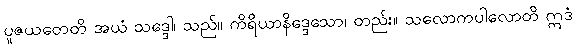
ပူဇယတေတိ အယံ သဒ္ဒေါ၊ သည်။ ကိရိယာနိဒ္ဒေသော၊ တည်း။ သလောကပါလောတိ ဣဒံ